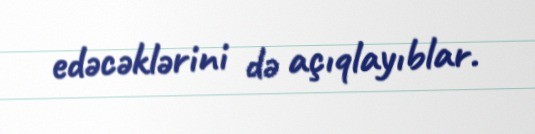
edəcəklərini də açıqlayıblar.